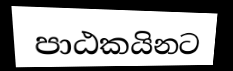
පාඨකයිනට